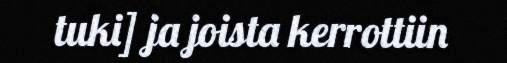
tuki] ja joista kerrottiin